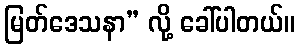
မြတ်ဒေသနာ” လို့ ခေါ်ပါတယ်။